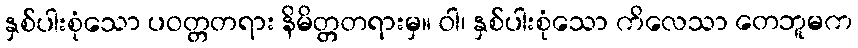
နှစ်ပါးစုံသော ပဝတ္တတရား နိမိတ္တတရားမှ။ ဝါ၊ နှစ်ပါးစုံသော ကိလေသာ တေဘူမက